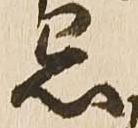
忌